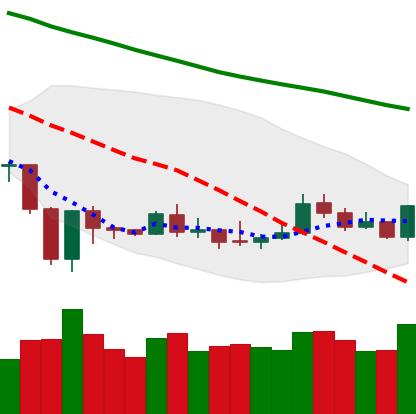
Ticker: ETH-USD
Chart end date: 2020-01-03
Forward return: 5.282%
Label: up_5_7